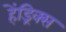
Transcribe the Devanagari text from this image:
हेंड्रिक्‍स